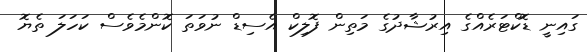
ގައިނީ ޑޮކްޓަރެއްގެ އިރުޝާދުގެ މަތިން ފޮލިކް އެސިޑް ނުވަތަ ކޮންމެވެސް ކަހަލަ ތެޔޮ